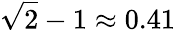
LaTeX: \sqrt{2}-1\approx 0.41